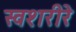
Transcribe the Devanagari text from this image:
स्वशरीरे